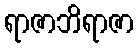
ရာဇာဘိရာဇာ